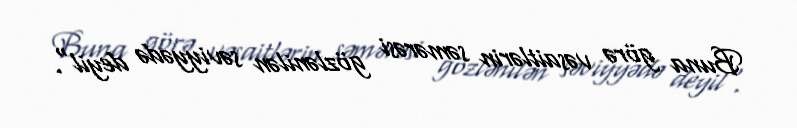
Buna görə vəsaitlərin səmərəsi gözlənilən səviyyədə deyil".